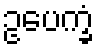
ဥပေက္ခံ